Vaccination North-Western Provinces and Oudh 1878-1895 - 1878-1895
Year: 1878
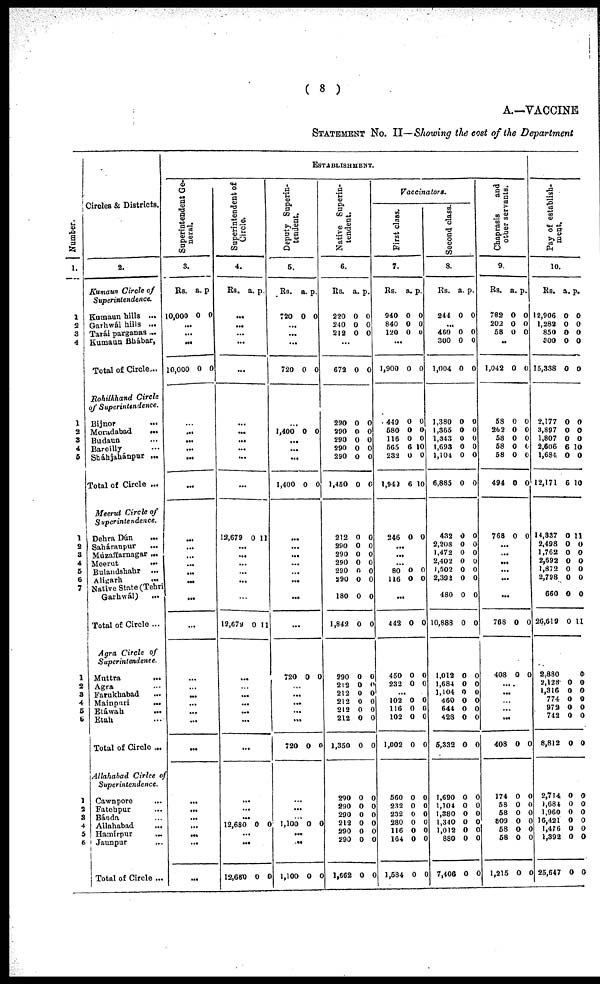
( 8 )
A.—VACCINE
STATEMENT NO. II— Showing the cost of the Departmen
ESTABLISHMENT.
Number.
l.
1
2
3
4
1
2
3
4
5
1
2
3
4
5
6
7
1
2
3
4
5
6
1
2
3
4
5
6
Circles & Districts.
2.
Kumaun Circle of
Superintendence.
Kumaun hills ...
Garhwál hills ...
Tarái parganas...
Kumaun Bhábar,
Total of Circle...
Bohilkhand Circle
of Superintendence.
Bijnor
...
Morudabad
...
Budaun ...
Bareilly ...
Sháhjahánpur ...
Total of Circle ...
Meerut Circle of
Superintendence.
Dehra Dún
...
Saháranpur
...
Mùzaffiarnagar ...
Meerut
...
Bulandshahr ...
Aligarh
...
Native State(Tehri
Garhwál) ...
Total of Circle ...
Agra Circle of
Superintendence.
Muttra
...
Agra ...
Farukhabad ...
Mainpuri
...
Etáwah ...
Etah ...
Total of Circle ...
Allahabad Cirlce of
Superintendence.
Cawnpore ...
Fatehpur
...
Bánda ...
Allahabad ...
Hamirpur
...
Jaunpur ...
Total of Circle ...
Superintendent Ge-
neral.
3.
Rs.
10,000
...
...
...
10,000
...
...
...
...
...
...
...
...
...
...
...
...
...
...
...
...
...
...
...
...
...
...
...
...
...
...
...
...
a.
0
0
p
0
0
Superintendent of
Circle.
4.
Rs.
...
...
...
...
...
...
...
...
...
...
...
12,679
...
...
...
...
...
...
12,679
...
...
...
...
...
...
...
...
...
...
12,680
...
...
12,680
a.
0
0
0
0
p.
11
11
0
0
Deputy Superin-
tendent.
5.
Rs.
720
...
...
...
720
...
1,400
...
...
...
1,400
...
...
...
...
...
...
...
...
720
...
...
...
... ...
720
...
...
...
1,100
...
...
1,100
a.
0
0
0
0
0
0
0
0
p.
0
0
0
0
0
0
0
0
Native Superin-
tendent.
6.
Rs.
220
240
212
...
672
290
290
290
290
290
1,450
212
290
290
290
290
290
180
1,842
290
212
212
212
212 212
1,350
290
290
290
212
290
290
1,662
a.
0
0
0
0
0
0
0
0
0
0
0
0
0
0
0
0
0
0
0
0
0
0
0 0
0
0
0
0
0
0
0
0
p.
0
0
0
0
0
0
0
0
0
0
0
0
0
0
0
0
0
0
0
0
0
0
0
0
0
0
0
0
0
0
0
0
Vaccinators.
First class.
7.
Rs.
940
840
120
...
1,900
449
580
116
565
232
1,942
246
...
...
...
80
116
...
442
450
232
...
102
116 102
1,002
560
232
232
280
116
164
1,584
a.
0
0
0
0
0
0
0
6
0
6
0
0
0
0
0
0
0
0
0
0
0
0
0
0
0
0
0
p.
0
0
0
0
0
0 0
10
0
10
0
0
0
0
0
0
0
0
0
0
0
0
0
0
0
0
0
Second class.
8.
Rs.
244
...
460
300
1,004
1,380
1,365
1,343
1,693
1,104
6,885
432
2,208
1,472
2,402
1,502
2,392
480
10,888
1,012
1,684
1,104
460
644
428
5,332
1,690
1,104
1,380
1, 340
1,012
880
7,406
a.
0
0
0
0
0
0
0
0
0
0
0
0
0
0
0
0
0
0
0
0
0
0
0
0
0
0
0
0
0
0
0
0
p.
0
0
0
0
0
0
0
0
0
0
0
0
0
0
0
0
0
0
0
0
0
0
0 0
0
0
0
0
0
0
0
0
Chaprasis
and
other servants.
9.
Rs.
782
202
58
...
1,042
58
262
58
58
58
494
768
...
...
...
...
...
...
768
408
...
...
...
...
...
408
174
58
58
809
58
58
1,215
a.
0
0
0
0
0
0
0
0
0
0
0
0
0
0
0
0
0
0
0
0
0
p.
0
0
0
0
0
0
0
0
0
0
0
0
0
0
0
0
0
0
0
0
0
Pay of establish-
ment.
10.
Rs.
12,906
1,282
850
300
15,338
2,177
3,897
1,807
2,606
1,684
12,171
14,337
2,498
1,762
2,692
1,872
2,798
660
26,619
2,880
2,128
1,316
774
972 742
8,812
2,714
1,684
1,960
16,421
1,476
1,392
25,647
a.
0
0
0
0
0
0
0
0
6
0
6
0
0
0
0
0
0
0
0
0 0
0
0 0
0
0
0
0
0
0
0
0
p.
0
0
0
0
0
0
0
0
10
0
10
11
0
0
0
0
0
0
11
0
0
0
0
0 0
0
0
0
0
0
0
0
0